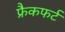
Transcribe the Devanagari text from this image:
फ्रैकफर्ट